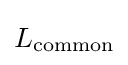
L_{\text{common}}